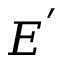
E ^ { ' }